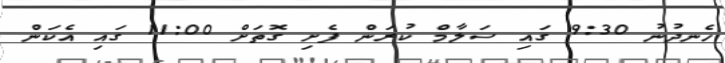
ހެނދުނު 9:30 ގައި ސަލާމް ކުރަން ފެށި ގޮތަށް 11:00 ގައި އެކަން